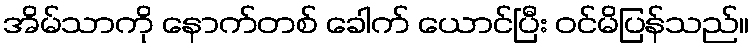
အိမ်သာကို နောက်တစ် ခေါက် ယောင်ပြီး ဝင်မိပြန်သည်။